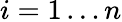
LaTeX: i=1\ldots n